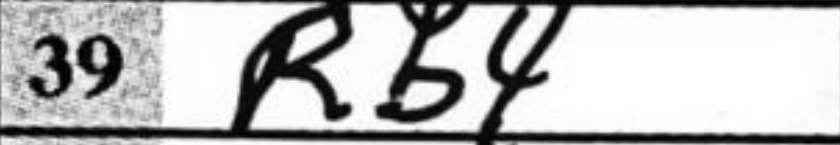
Transcription: Rb4